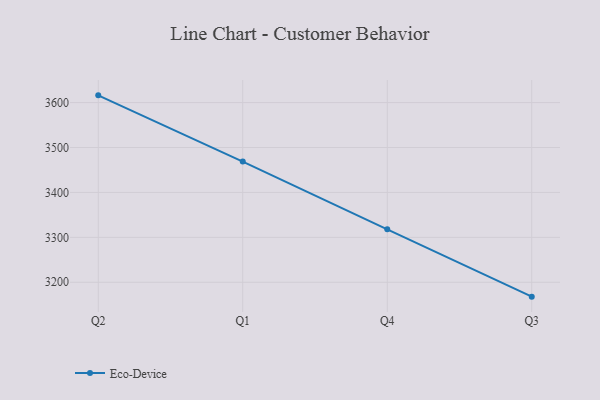
{"axis": {"x": "Quarter", "y": "Market Share (%)"}, "legend": ["Eco-Device"], "data": [{"x": "Q2", "y": 3616.1, "type": "Eco-Device"}, {"x": "Q1", "y": 3468.7, "type": "Eco-Device"}, {"x": "Q4", "y": 3317.9, "type": "Eco-Device"}, {"x": "Q3", "y": 3168.0, "type": "Eco-Device"}]}